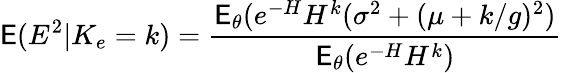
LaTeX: \mathsf E(E^{2}|K_{e}=k)=\frac{\mathsf E_{\theta}(e^{-H}H^{k}(\sigma^{2}+(\mu+k/g)^{2})}{\mathsf E_{\theta}(e^{-H}H^{k})}